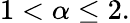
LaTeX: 1<\alpha\leq 2.